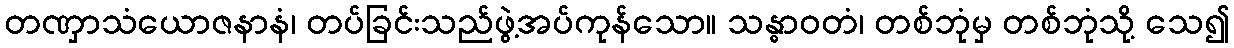
တဏှာသံယောဇနာနံ၊ တပ်ခြင်းသည်ဖွဲ့အပ်ကုန်သော။ သန္ဓာဝတံ၊ တစ်ဘုံမှ တစ်ဘုံသို့ သေ၍